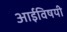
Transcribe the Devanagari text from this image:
आईविषयी